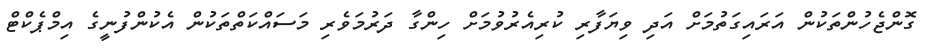
ގޮންޖެހުންތަކުން އަރައިގަތުމަށް އަދި ވިޔަފާރި ކުރިއެރުވުމަށް ހިންގާ ދަރުމަވެރި މަސައްކަތްތަކުން އެކުންފުނީގެ އިމްޕެކްޓް